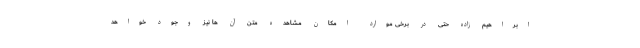
ابراهیم زاده حتی در برخی موارد امکان مشاهده متن آن ها نیز وجود خواهد